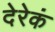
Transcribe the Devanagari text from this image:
देरेकं